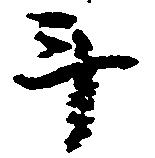
斗